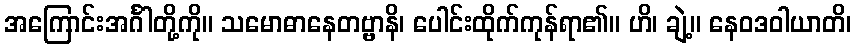
အကြောင်းအင်္ဂါတို့ကို။ သမောဓာနေတဗ္ဗာနိ၊ ပေါင်းထိုက်ကုန်ရာ၏။ ဟိ၊ ချဲ့။ နေဝဒဝါယာတိ၊